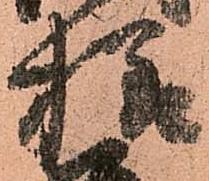
様